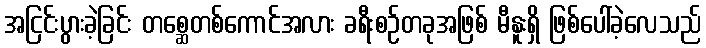
အငြင်းပွားခဲ့ခြင်း တစ္ဆေတစ်ကောင်အလား ခရီးစဉ်တခုအဖြစ် မီနူးရှိ ဖြစ်ပေါ်ခဲ့လေသည်